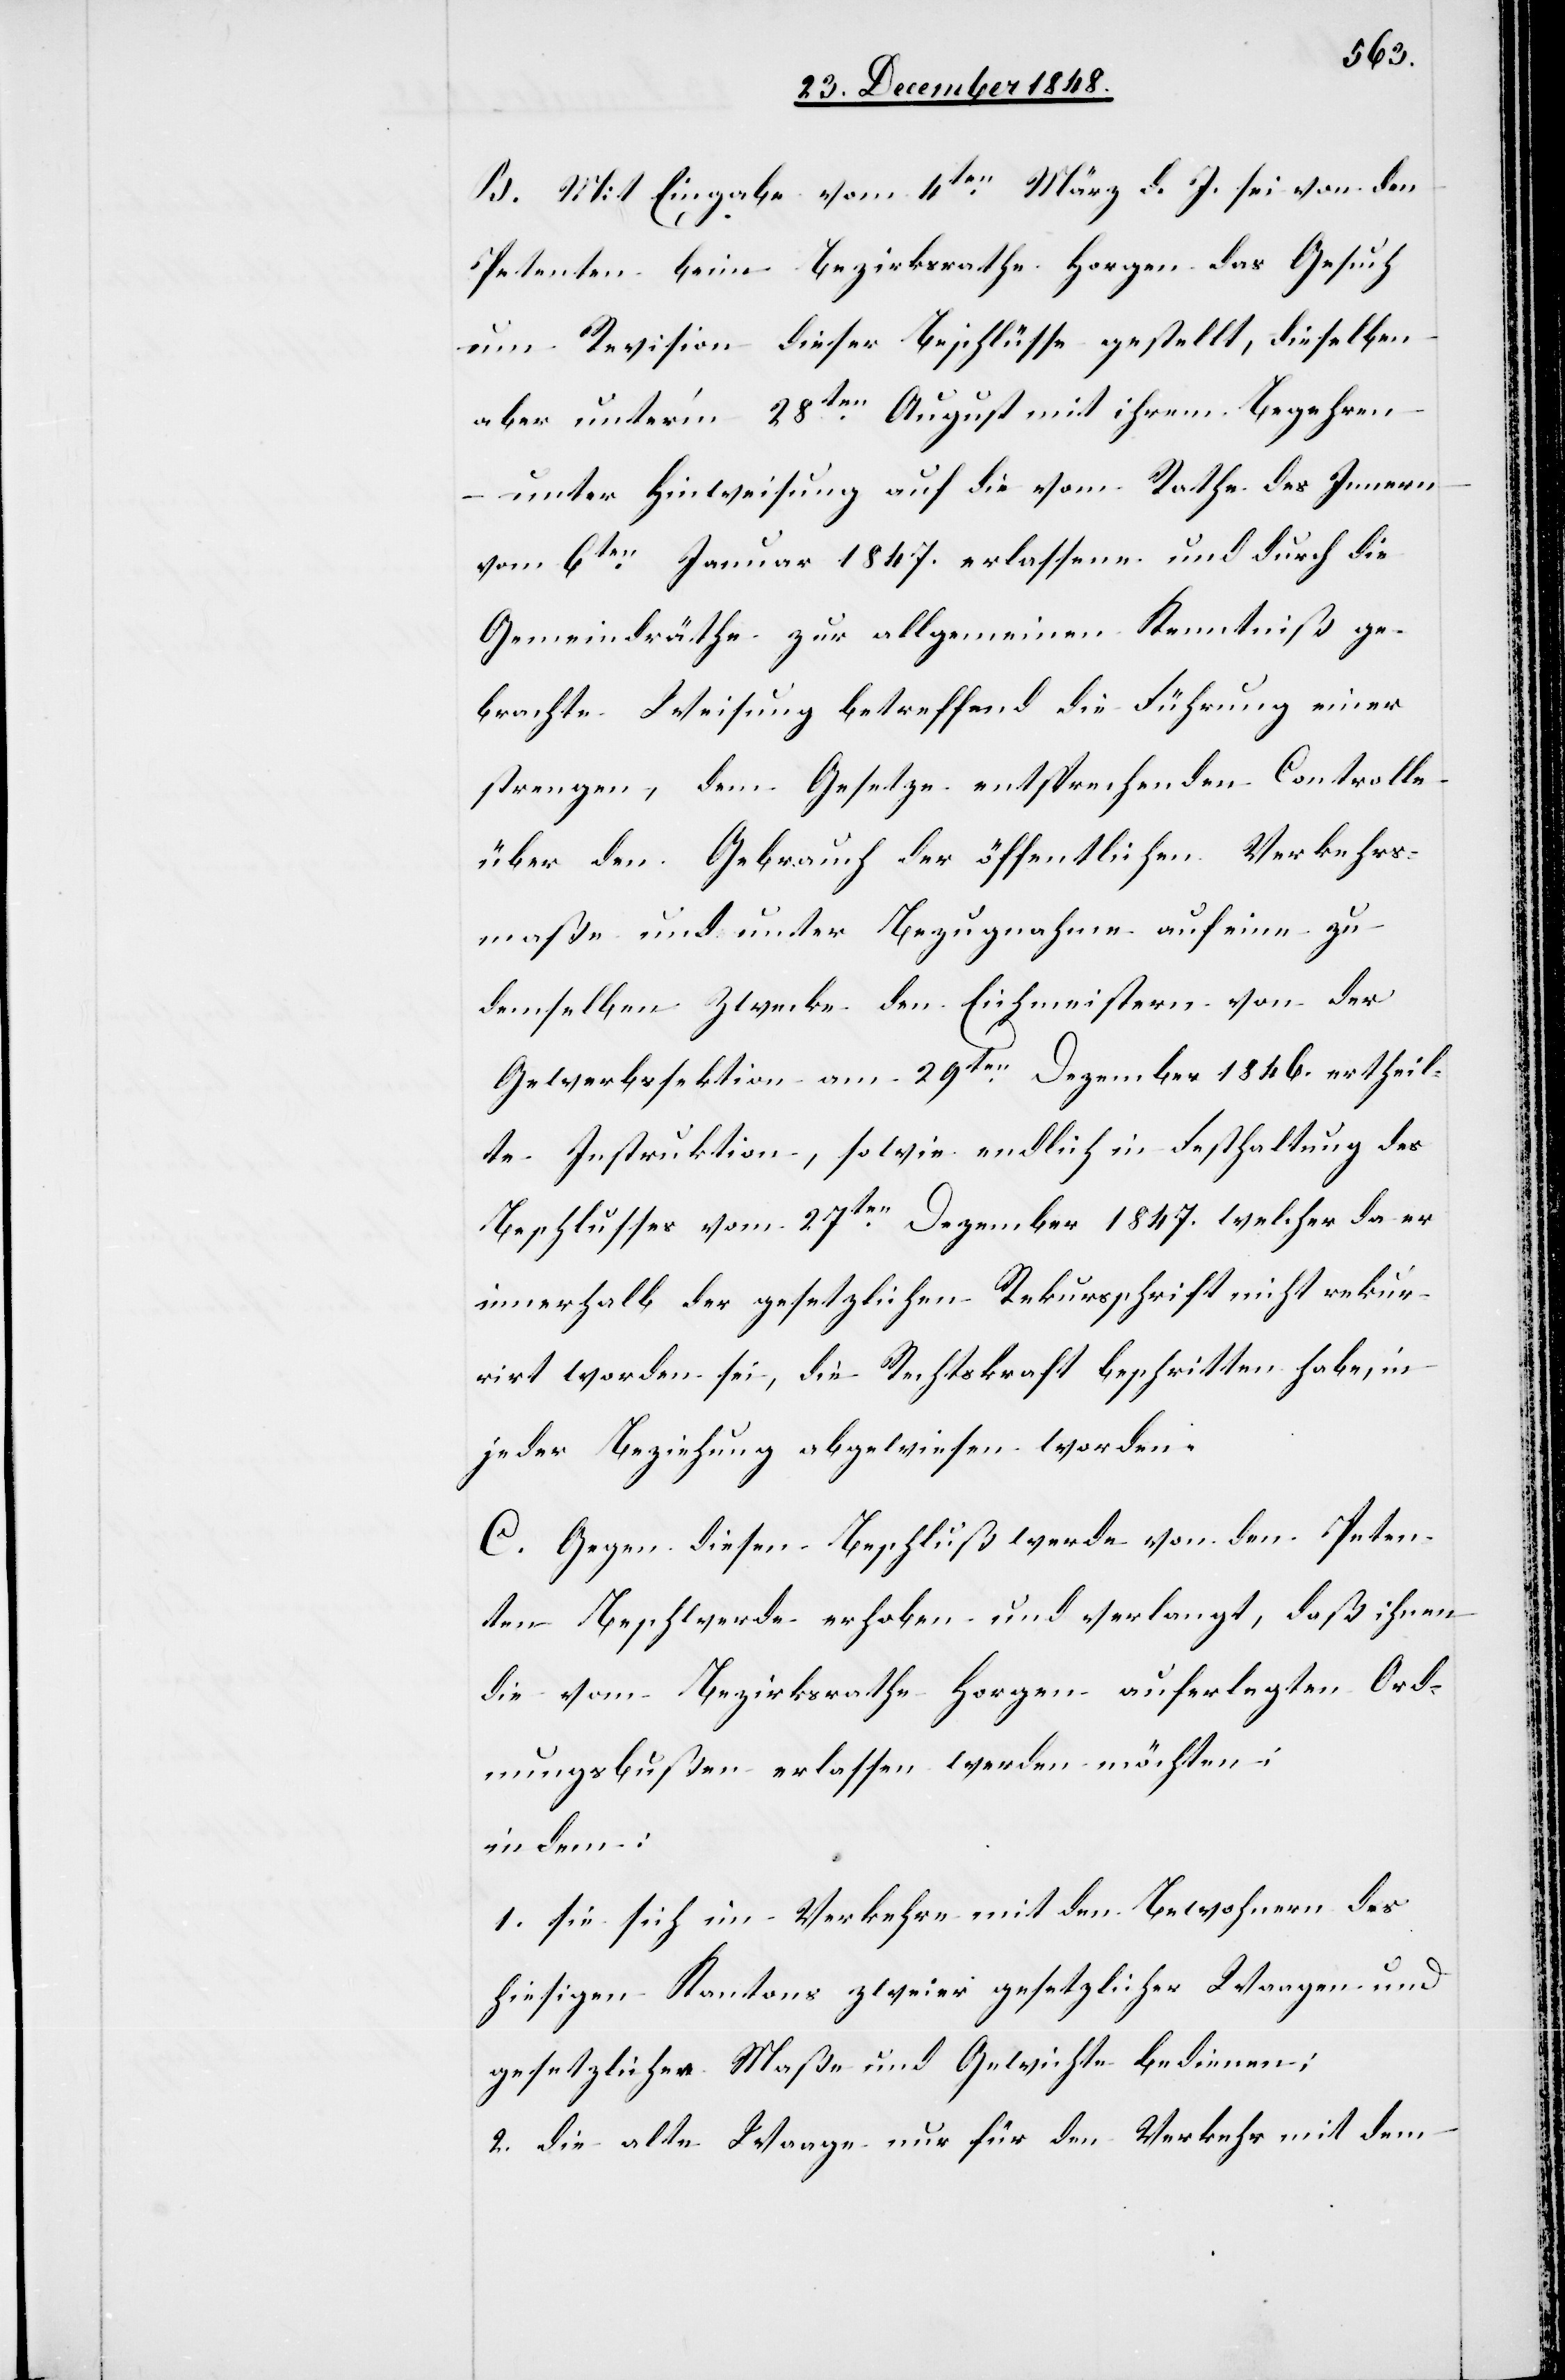
B. Mit Eingabe vom 4ten März d. J. sei von den
Petenten beim Bezirksrathe Horgen das Gesuch
um Revision dieser Beschlüsse gestellt, dieselben
aber unter’m 28ten August mit ihrem Begehren
unter Hinweisung auf die vom Rathe des Innern
vom 6ten Januar 1847. erlassene und durch die
Gemeindräthe zur allgemeinen Kenntniß ge¬
brachte Weisung betreffend die Führung einer
strengen, dem Gesetze entsprechenden Controlle
über den Gebrauch der öffentlichen Verkehrs¬
maße und unter Bezugnahme auf eine zu
demselben Zwecke den Eichmeistern von der
Gewerbssektion am 29ten Dezember 1846. ertheil¬
te Instruktion, sowie endlich in Festhaltung des
Beschlusses vom 27ten Dezember 1847. welcher da er
innerhalb der gesetzlichen Rekursschrift nicht rekur¬
rirt worden sei, die Rechtskraft beschritten habe, in
jeder Beziehung abgewiesen worden.
C. Gegen diesen Beschluß werde von den Peten¬
ten Beschwerde erhoben und verlangt, daß ihnen
die vom Bezirksrathe Horgen auferlegten Ord¬
nungsbußen erlassen werden möchten;
indem:
1. sie sich im Verkehre mit den Bewohnern des
hiesigen Kantons zweier gesetzlicher Waagen und
gesetzlicher Maße und Gewichte bedienen;
2. die alte Waage nur für den Verkehr mit dem